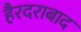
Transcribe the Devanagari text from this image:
हैरदराबाद